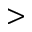
>